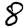
Digit: 8